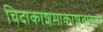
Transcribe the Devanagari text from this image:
चिदाकाशमाकाशवासम्